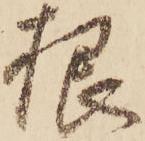
根